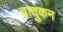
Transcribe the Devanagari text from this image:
वादुकन